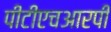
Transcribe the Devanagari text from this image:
पीटीएचआरपी